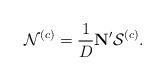
LaTeX: \begin{align*}\mathbf{\mathcal{N}}^{(c)}=\frac{1}{D}\mathbf{N}'\mathcal{S}^{(c)}.\end{align*}